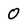
Character: 0